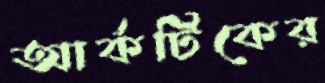
আর্কটিকের